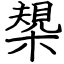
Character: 槼